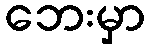
ဘေးမှာ